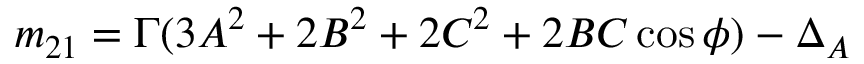
m _ { 2 1 } = \Gamma ( 3 A ^ { 2 } + 2 B ^ { 2 } + 2 C ^ { 2 } + 2 B C \cos \phi ) - \Delta _ { A }